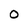
Character: O